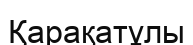
Қарақатұлы